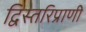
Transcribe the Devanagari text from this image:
द्विस्तरिप्राणी